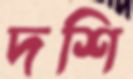
দশি